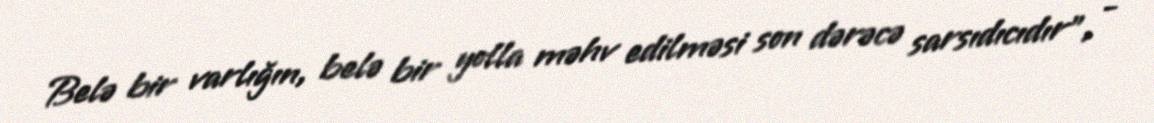
Belə bir varlığın, belə bir yolla məhv edilməsi son dərəcə sarsıdıcıdır”, -